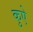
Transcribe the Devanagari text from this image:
कुऐ